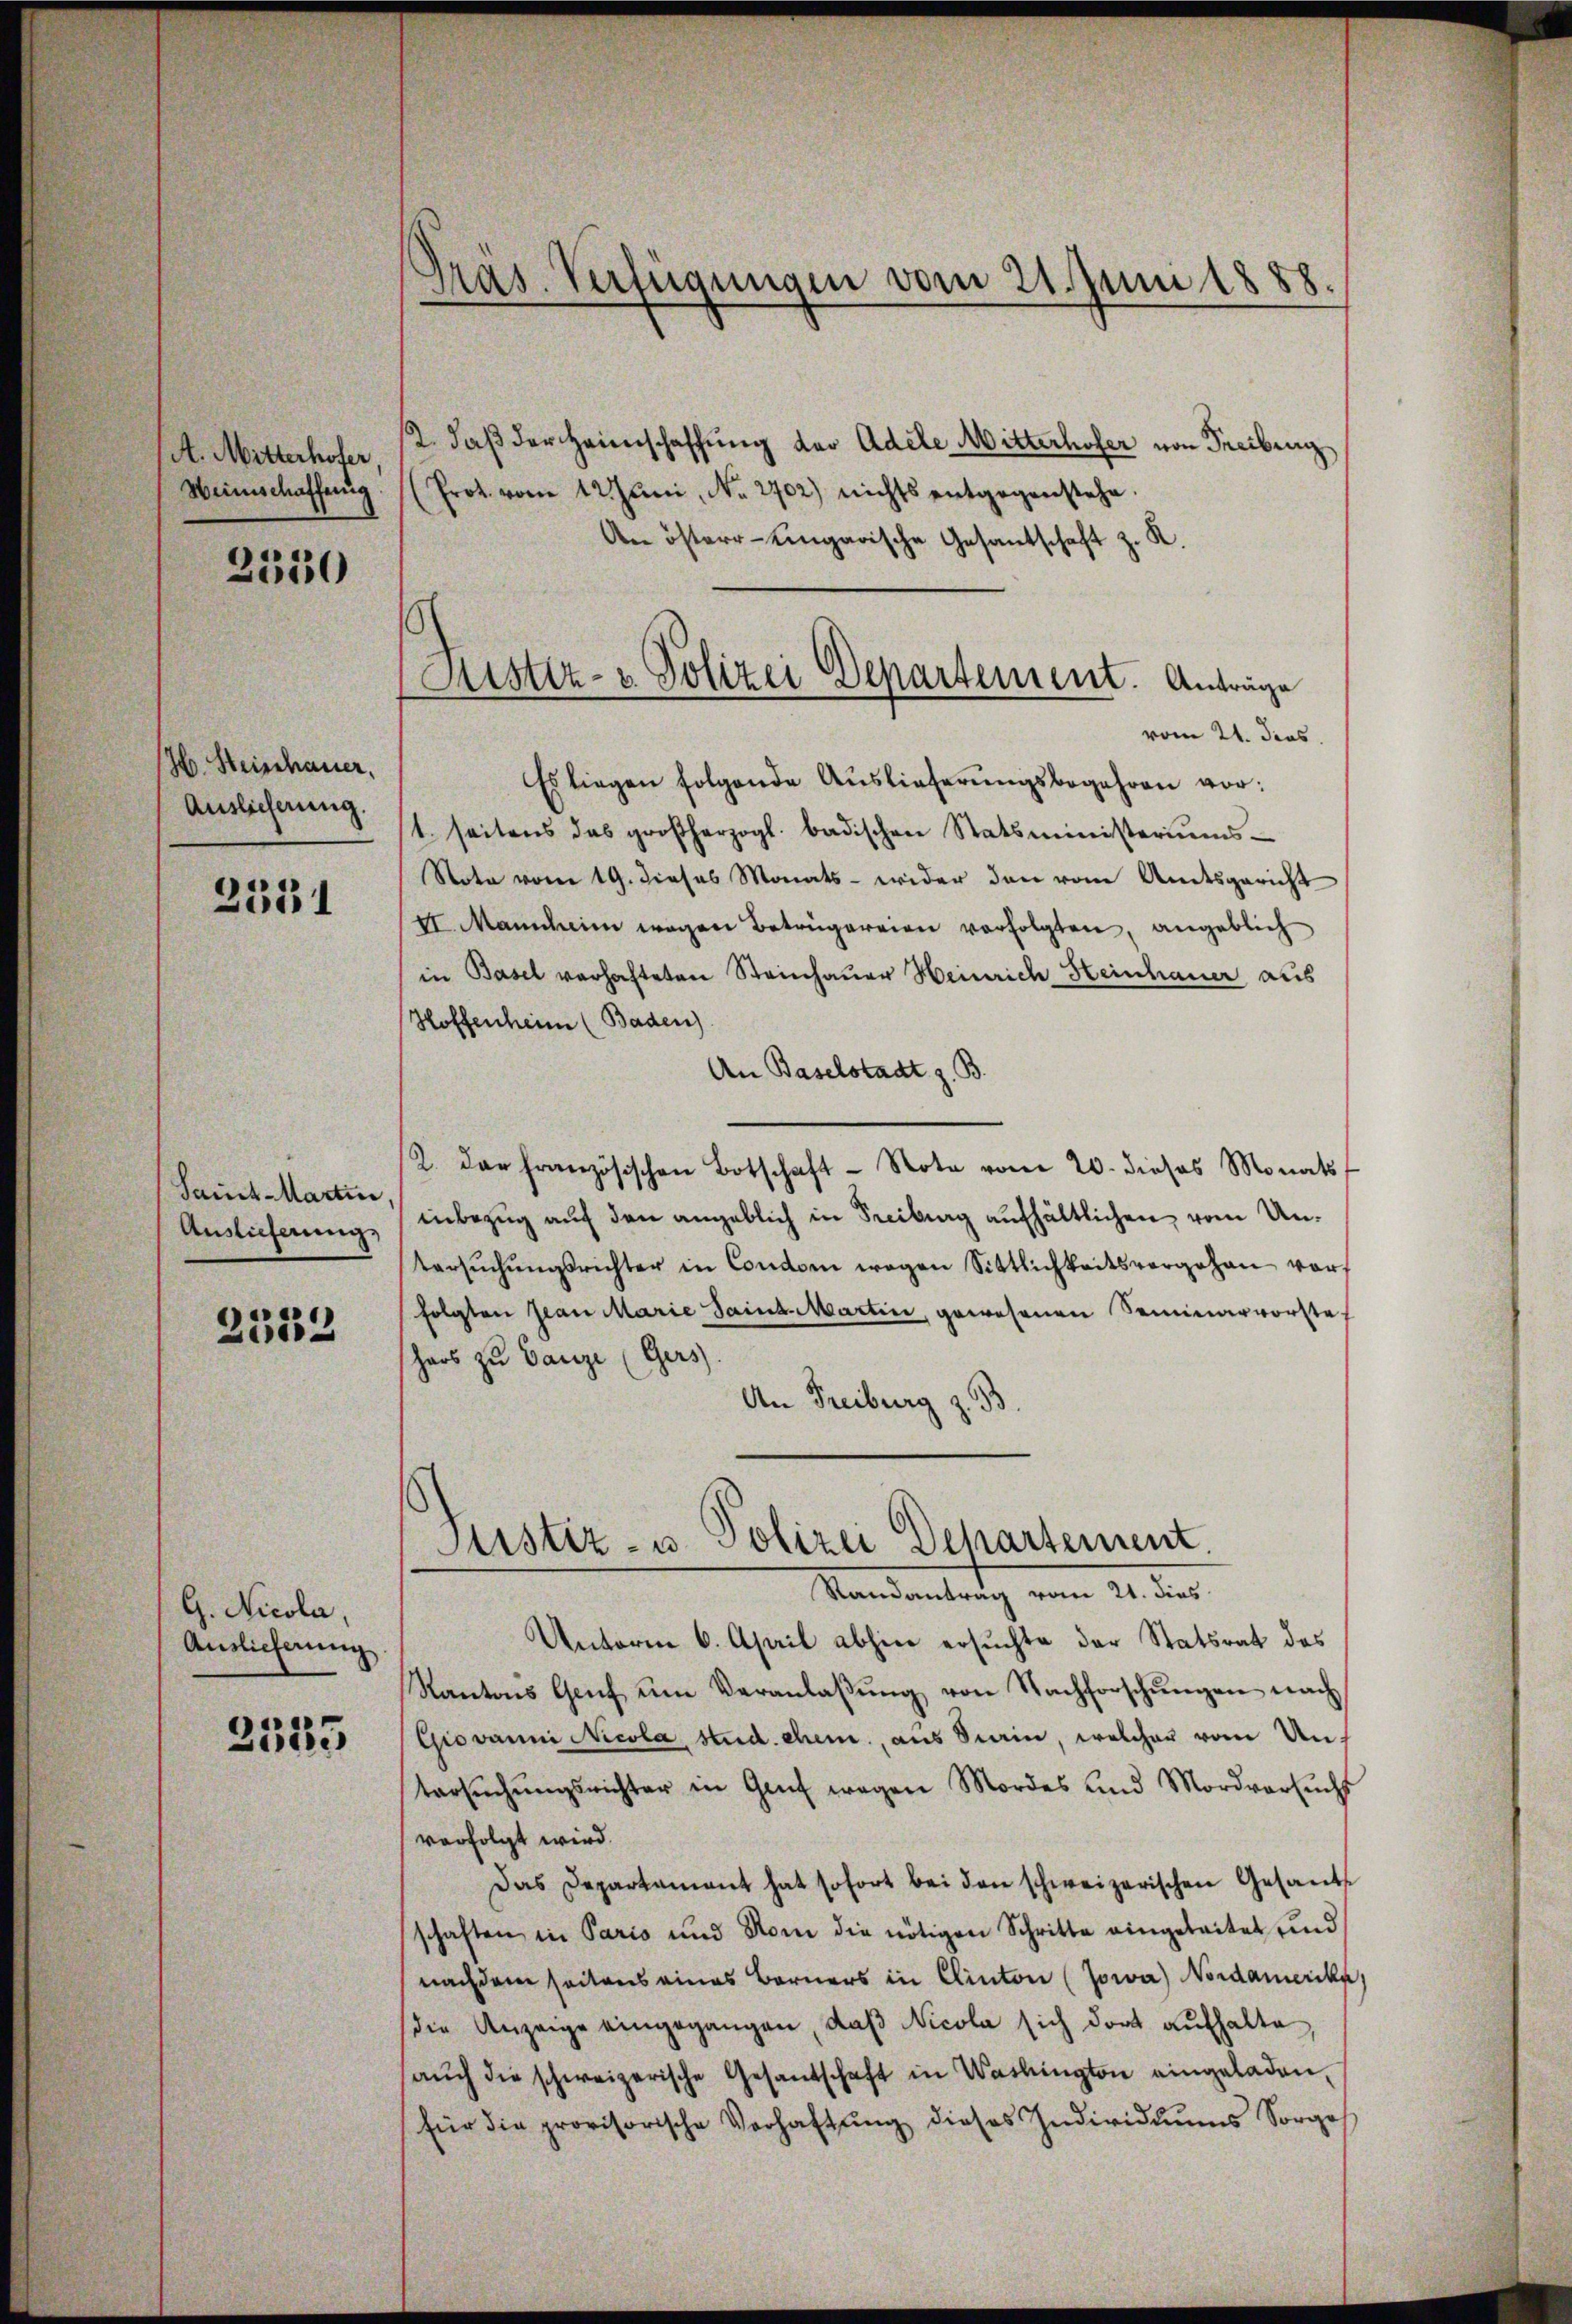
A. Mitterhofer
Weinschaffung

2330

H. Steinhauer,
Auslieferung.
2551

Sant-Martin,
Auslieferung,

2333

G. Nicola,
Auslieferung

2525

Pras. Verfügungen vom 21. Juni 1888.

2. daß der Heimschaffung der Adele Mitterhofer von Freibung
(Prot. vom 12. Juni, No. 2702) nichts entgegenstehe.
An öster- Eingarische Gesantschaft z. R.
vom 21. Jens.
Es liegen folgende Auslieferungsbegehren vor:
1. seitens das großherzogl. badischen Statsministeriŭms-
Note vom 19. dieses Monats - wider den vom Amtsgericht
II. Mannheim wegen Betrügereien verfolgten, angeblich
in Basel verhafteten Steinhauer Heinrich Heinhauer aus
Hoffenheim (Baden)
An Baselstadt z. B.
2. Das französischen Botschaft - Note vom 20. dieses Monats
inbezug auf den angeblich in Freiburg aufhältlichen vom Untersŭchŭngsrichter in Condon wegen Sittlichkeitsvergehen vor
folgten Jean Marie Saint Martin, gewesenen Seminarvorste
hars zu Ganze (Gers.
An Freiburg z. 93
Justiz- u. Polizei Dehartement
Randantrag vom 21. dies
Unterm 6. April abhin ersuchte der Statsrat des
Kantons Genf ŭm Veranlaβŭng von Nachforschŭngen nach
Giovanni Nicola, stud. ehem, aus Stain, welcher vom Untersŭchŭngsrichter in Gauf wegen Mordes und Mordversŭcht
verfolgt wird.
Das Departament hat sofort bei den schweizerischen Gesand
schaften in Paris und Rom die nötigen Schritte eingeleitet und
nachdem seitens eines Berners in Clinton (Jowa) Nordamerika
die Anzeige eingegangen, daß Nicola sich dort aufhalte
aŭch die schweizerische Gesandschaft in Washington eingeladen,
für die provisorische Verhaltŭng dieses Individuums Sorges

Fuster- u Polizei Departement. Anträge